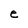
Character: e